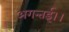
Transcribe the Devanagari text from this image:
अगन्‍तई।।